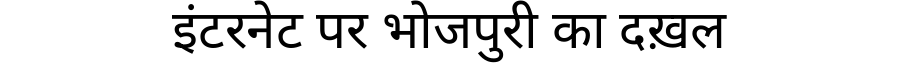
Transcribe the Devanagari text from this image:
इंटरनेट पर भोजपुरी का दख़ल